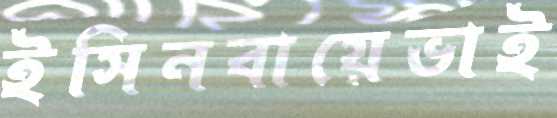
ইসিনবায়েভাই